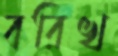
বরিখ